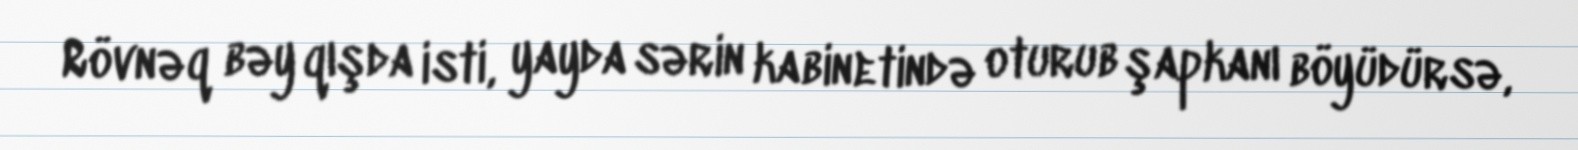
Rövnəq bəy qışda isti, yayda sərin kabinetində oturub şapkanı böyüdürsə,